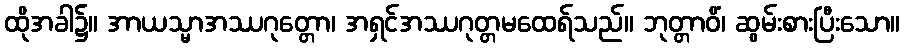
ထိုအခါ၌။ အာယသ္မာအဿဂုတ္တော၊ အရှင်အဿဂုတ္တမထေရ်သည်။ ဘုတ္တာဝိံ၊ ဆွမ်းစားပြီးသော။